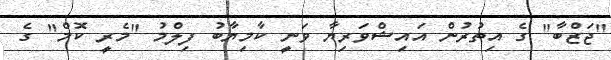
"ޖަޒްބާ" ގެ އިތުރުން އައިޝްވަރިޔާ ވަނީ ކާމިޔާބު ފިލްމު "މެރީ ކޮމް" ގެ